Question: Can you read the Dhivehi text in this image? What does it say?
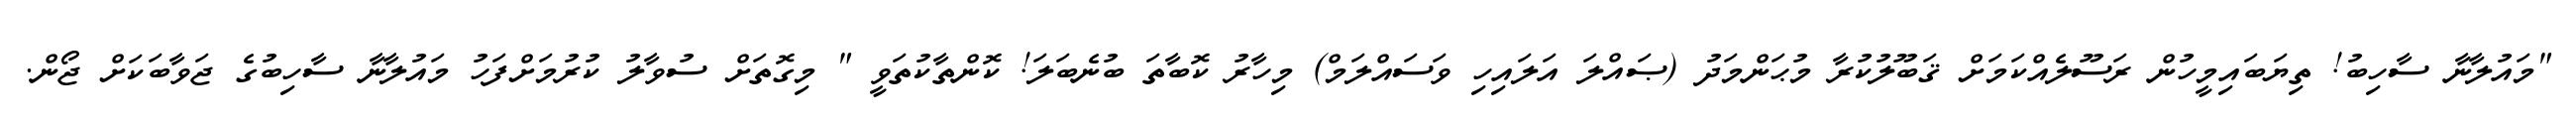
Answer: "މައުލާނާ ސާހިބު! ތިޔަބައިމީހުން ރަސޫލެއްކަމަށް ޤަބޫލުކުރާ މުޙަންމަދު (ޞައްލަ އަލައިހި ވަސައްލަމް) މިހާރު ކޮބާތަ ބުނެބަލަ! ކޮންތާކުތަވީ " މިގޮތަށް ސުވާލު ކުރުމަށްފަހު މައުލާނާ ސާހިބުގެ ޖަވާބަކަށް ޖޯން.